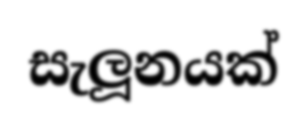
සැලූනයක්